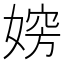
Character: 𡞶